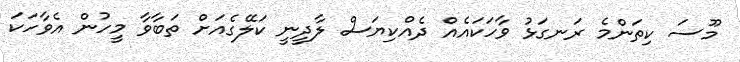
މޫސަ ކިތަންމެ ރަނގަޅު ވާހަކައެއް ދެއްކިޔަސް ލާދީނީ ކަލޭގެއަށް ތަބާވާ މީހުން އެވާހަކަ